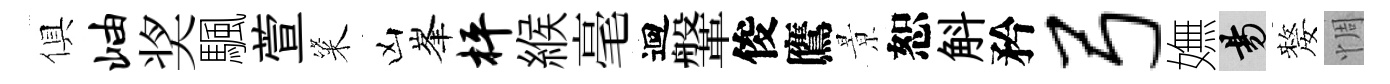
俱岫奖颿萱粢凶峯枰緱毫迴鞶俊鷹㬌恕斛矜弓嫵昜嫠惆